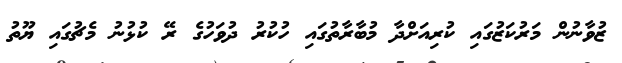
ޒުވާނުން މަރުކަޒުގައި ކުރިއަށްދާ މުބާރާތުގައި ހުކުރު ދުވަހުގެ ރޭ ކުޅުނު މެޗުގައި ޔޫތު